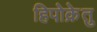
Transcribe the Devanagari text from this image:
हिपोक्रेतु